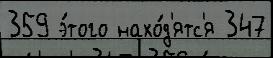
359 э́того нахо́д'ятс'я 347